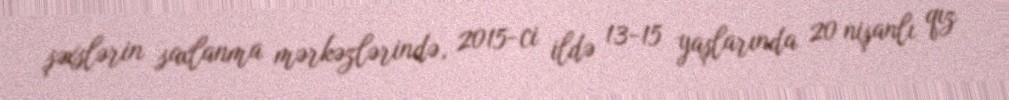
şəxslərin saxlanma mərkəzlərində, 2015-ci ildə 13-15 yaşlarında 20 nişanlı qız